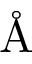
\textrm { \AA }